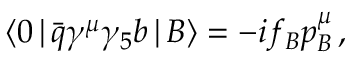
\langle 0 \, | \, \bar { q } \gamma ^ { \mu } \gamma _ { 5 } b \, | \, B \rangle = - i f _ { B } p _ { B } ^ { \mu } \, ,